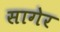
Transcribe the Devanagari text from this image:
सागेर